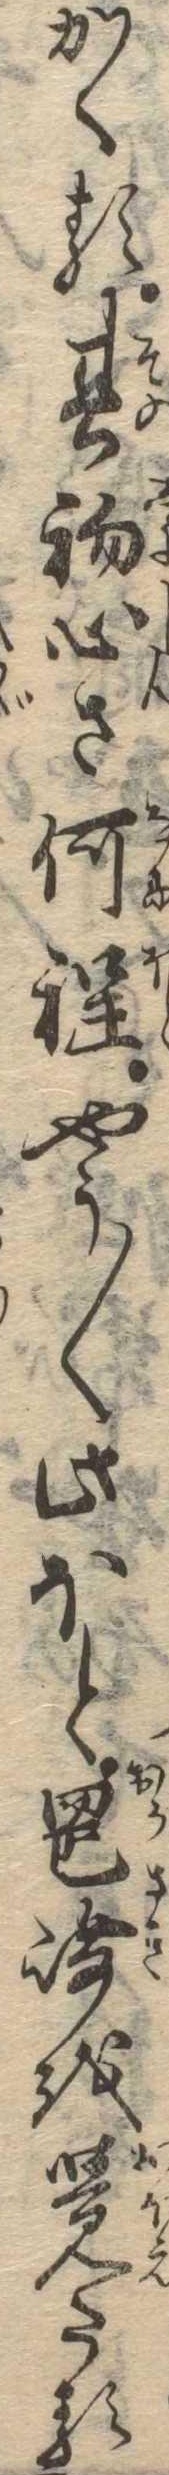
かくる其初心さ何程やう〱此ほと岡崎を覚たる